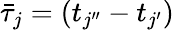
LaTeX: \bar{\tau}_{j}=(t_{j^{\prime\prime}}-t_{j^{\prime}})